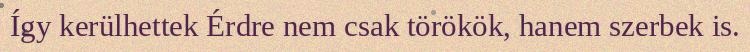
Így kerülhettek Érdre nem csak törökök, hanem szerbek is.